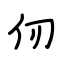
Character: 仞